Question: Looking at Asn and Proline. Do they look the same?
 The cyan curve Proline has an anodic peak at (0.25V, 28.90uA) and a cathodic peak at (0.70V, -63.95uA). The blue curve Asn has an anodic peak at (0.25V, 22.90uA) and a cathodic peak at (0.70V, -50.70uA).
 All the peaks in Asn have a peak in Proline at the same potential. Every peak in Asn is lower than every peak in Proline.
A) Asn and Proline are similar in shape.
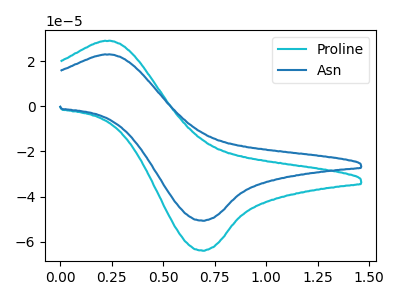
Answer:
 <answer>A) "Asn" and "Proline" are similar in shape.</answer>
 <eval>A</eval>